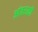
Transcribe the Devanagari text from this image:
आंतराळी